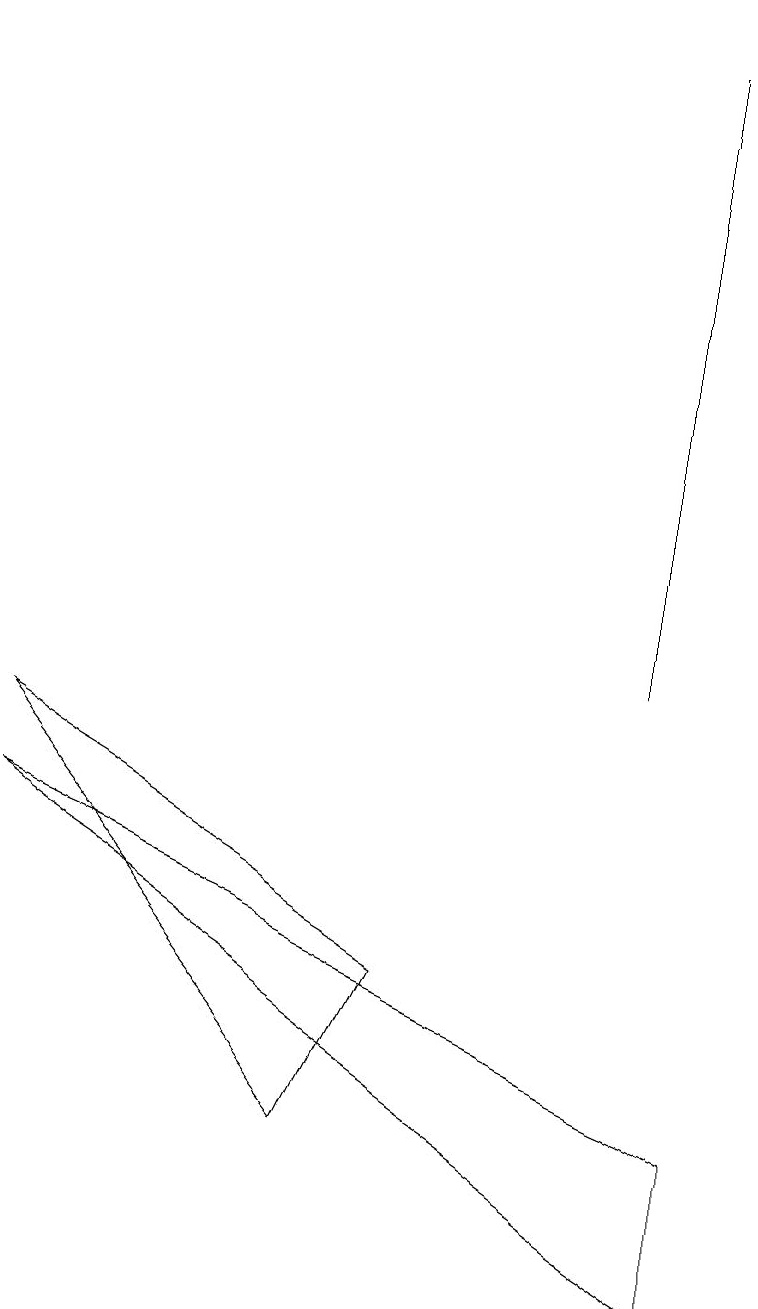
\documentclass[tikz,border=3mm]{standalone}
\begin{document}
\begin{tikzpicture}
\draw (8,10) rectangle (8,18);
\draw (4,4) -- (0,9) -- (5,6) -- cycle;
\draw (0,8) -- (9,2) -- (9,4) -- cycle;
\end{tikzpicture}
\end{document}